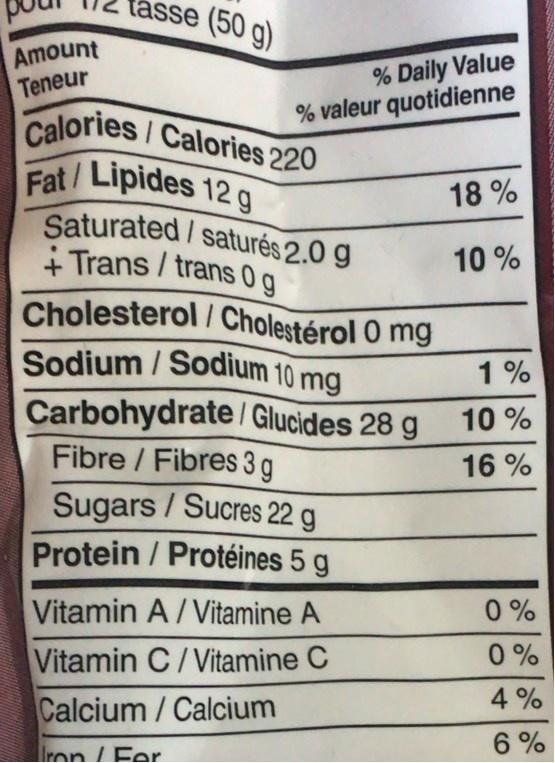
tásse (50 g)
Amount Teneur
% Daily Value % valeur quotidienne
Calories/Calories 220 Fat/Lipides 12g Saturated/saturés 2.0 g + Trans / trans 0g Cholesterol/ Cholestérol O mg Sodium / Sodium 10 mg Carbohydrate / Glucides 28 g
18 %
10 %
1%
10 %
Fibre / Fibres 3 g
16 %
Sugars / Sucres 22 g
Protein / Protéines 5 g
Vitamin A/ Vitamine A
0 %
Vitamin C/Vitamine C
0 %
4 %
Calcium / Calcium
Iron /Fer
6 %